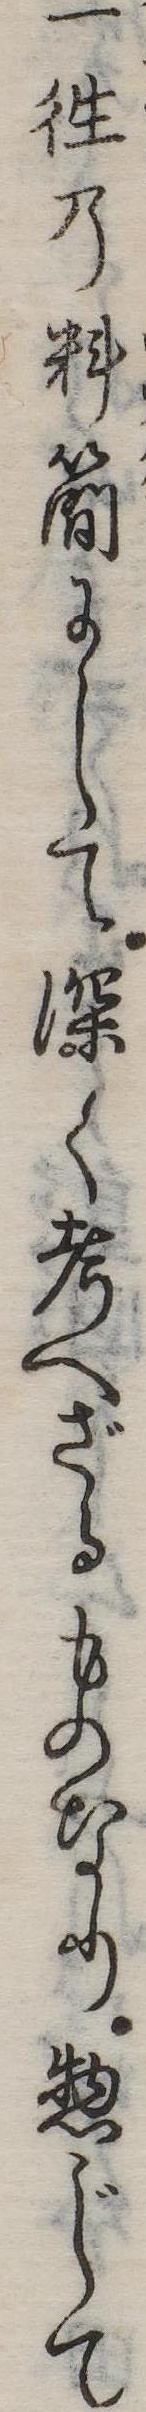
一往の料簡にして深く考へざるものなり惣じて